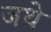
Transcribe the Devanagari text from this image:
जथे